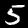
Digit: 5